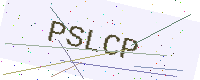
Text: PSLCP